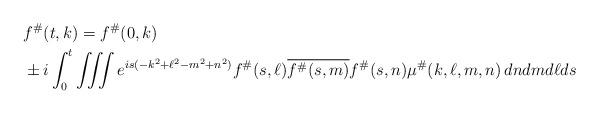
LaTeX: \begin{align*}& f^{\#}(t,k) = f^{\#}(0,k)\\ & \pm i\int_{0}^{t}\iiint e^{is(-k^2+\ell^2-m^2+n^2)}f^{\#}(s,\ell)\overline{f^{\#}(s,m)}f^{\#}(s,n)\mu^{\#}(k,\ell,m,n)\,dndmd\ell ds\end{align*}